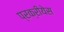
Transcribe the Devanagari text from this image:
प्रक्रीयेस